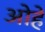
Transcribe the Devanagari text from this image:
ओहे